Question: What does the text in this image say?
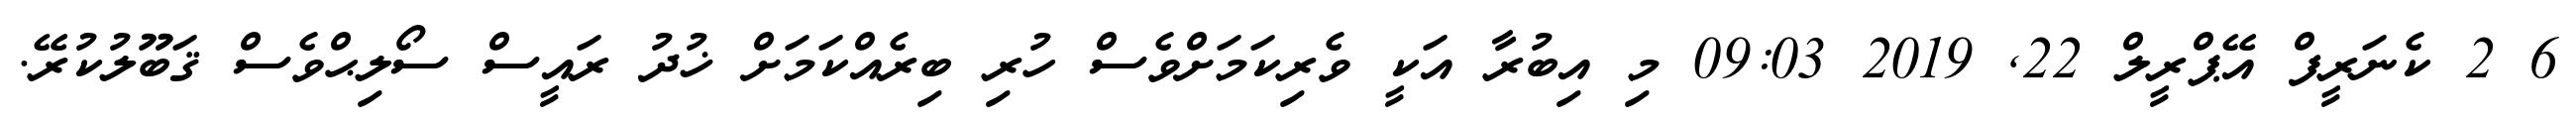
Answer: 6 2 ކެނަރީފް އޭޕްރީލް 22, 2019 09:03 މި އިބުރާ އަކީ ވެރިކަމަށްވެސް ހުރި ބިރެއްކަމަށް ޚުދު ރައީސް ސޯލިޙްވެސް ޤަބޫލުކުރޭ.